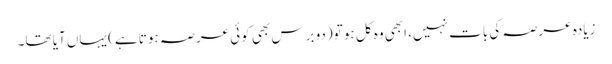
زیادہ عرصہ کی بات نہیں، ابھی وہ کل ہو تو(دو برس بھی کوئی عرصہ ہوتا ہے) یہاں آیا تھا۔